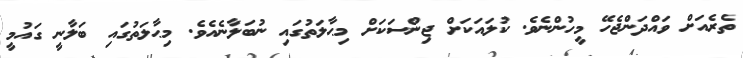
ތެރެއަށް ވައްދަންޖެހޭ މީހުންނެވެ. ކުލައަކަށް ޖިންސަކަށް މިޙާލަތުގައި ނުބަލާނެއެވެ. މިޙާލަތުގައި ބަލާނީ ގައުމީ